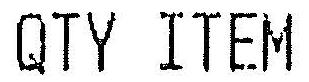
QTY ITEM